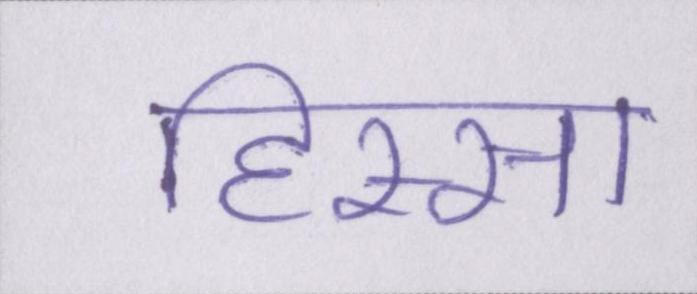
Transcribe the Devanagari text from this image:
हिस्सा